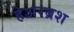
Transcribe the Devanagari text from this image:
हेअरब्रश